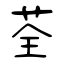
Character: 荃